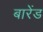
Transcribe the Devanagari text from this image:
बारेंड